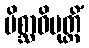
မိစ္ဆာဝိမုတ္တိံ